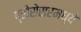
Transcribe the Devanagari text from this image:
प्रोसेसरमध्ये